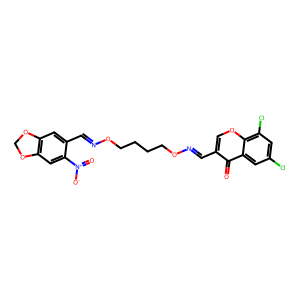
SMILES: O=c1c(C=NOCCCCON=Cc2cc3c(cc2[N+](=O)[O-])OCO3)coc2c(Cl)cc(Cl)cc12
Inhibits HIV replication: No